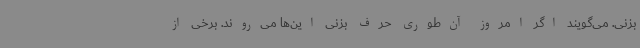
بزنی. می‌گویند اگر امروز آن‌طوری حرف بزنی این‌ها می‌روند. برخی از